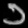
Digit: ၁